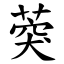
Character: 葖